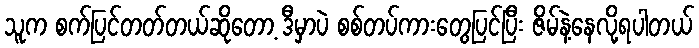
သူက စက်ပြင်တတ်တယ်ဆိုတော့ ဒီမှာပဲ စစ်တပ်ကားတွေပြင်ပြီး ဇိမ်နဲ့နေလို့ရပါတယ်